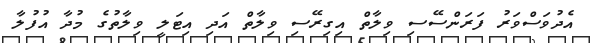
އެދުވަސްވަރު ފަރަންސޭސި ވިލާތް އިގިރޭސި ވިލާތް އަދި އިޓަލީ ވިލާތުގެ މުދާ އުފުލާ